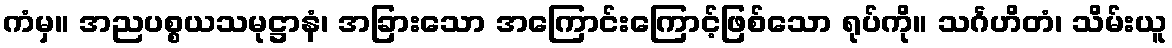
ကံမှ။ အညပစ္စယသမုဋ္ဌာနံ၊ အခြားသော အကြောင်းကြောင့်ဖြစ်သော ရုပ်ကို။ သင်္ဂဟိတံ၊ သိမ်းယူ